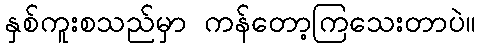
နှစ်ကူးစသည်မှာ ကန်တော့ကြသေးတာပဲ။